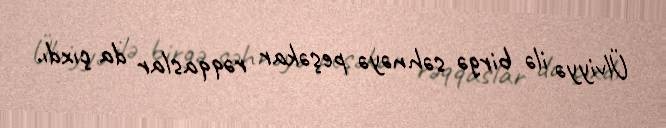
Ülviyyə ilə birgə səhnəyə peşəkar rəqqaslar da çıxdı.